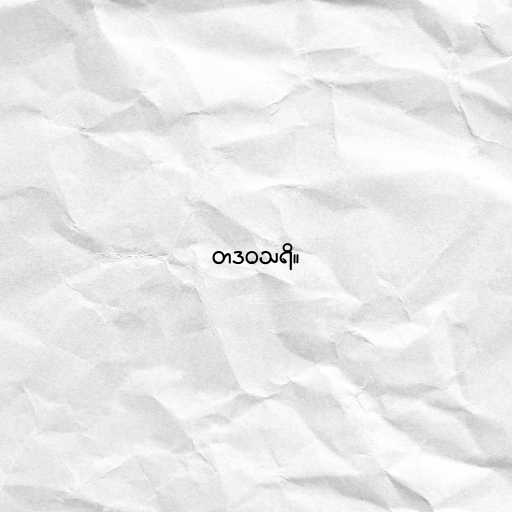
တဒဝသရိ။